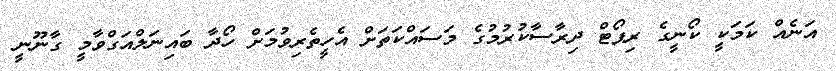
އަނެއް ކަމަކީ ކޯނީގެ ރިޕޯޓް ދިރާސާކުރުމުގެ މަސައްކަތަށް އެހީތެރިވުމަށް ހޯދާ ބައިނަލްއަގްވާމީ ގާނޫނީ